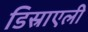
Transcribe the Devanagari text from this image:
डिस्राएली